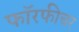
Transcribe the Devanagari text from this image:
फॉरफीचर